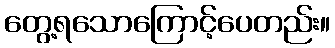
တွေ့ရသောကြောင့်ပေတည်း။